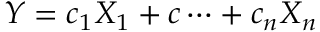
Y = c _ { 1 } X _ { 1 } + c \dots + c _ { n } X _ { n }